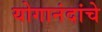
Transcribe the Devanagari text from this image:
योगानंदांचे